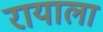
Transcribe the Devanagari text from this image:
रायाला